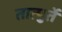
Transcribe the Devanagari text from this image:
तात्पुर्ते